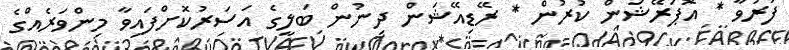
ފަރުވާ * އޮޕަރޭޝަން ކުރުން * ރޭޑިއޭޝަން ދިނުން ބަލީގެ އަސަރުކޮށްފައިވާ މިންވަރެއްގެ